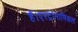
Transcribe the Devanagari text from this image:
हैं।एस्ट्रोनामिकल